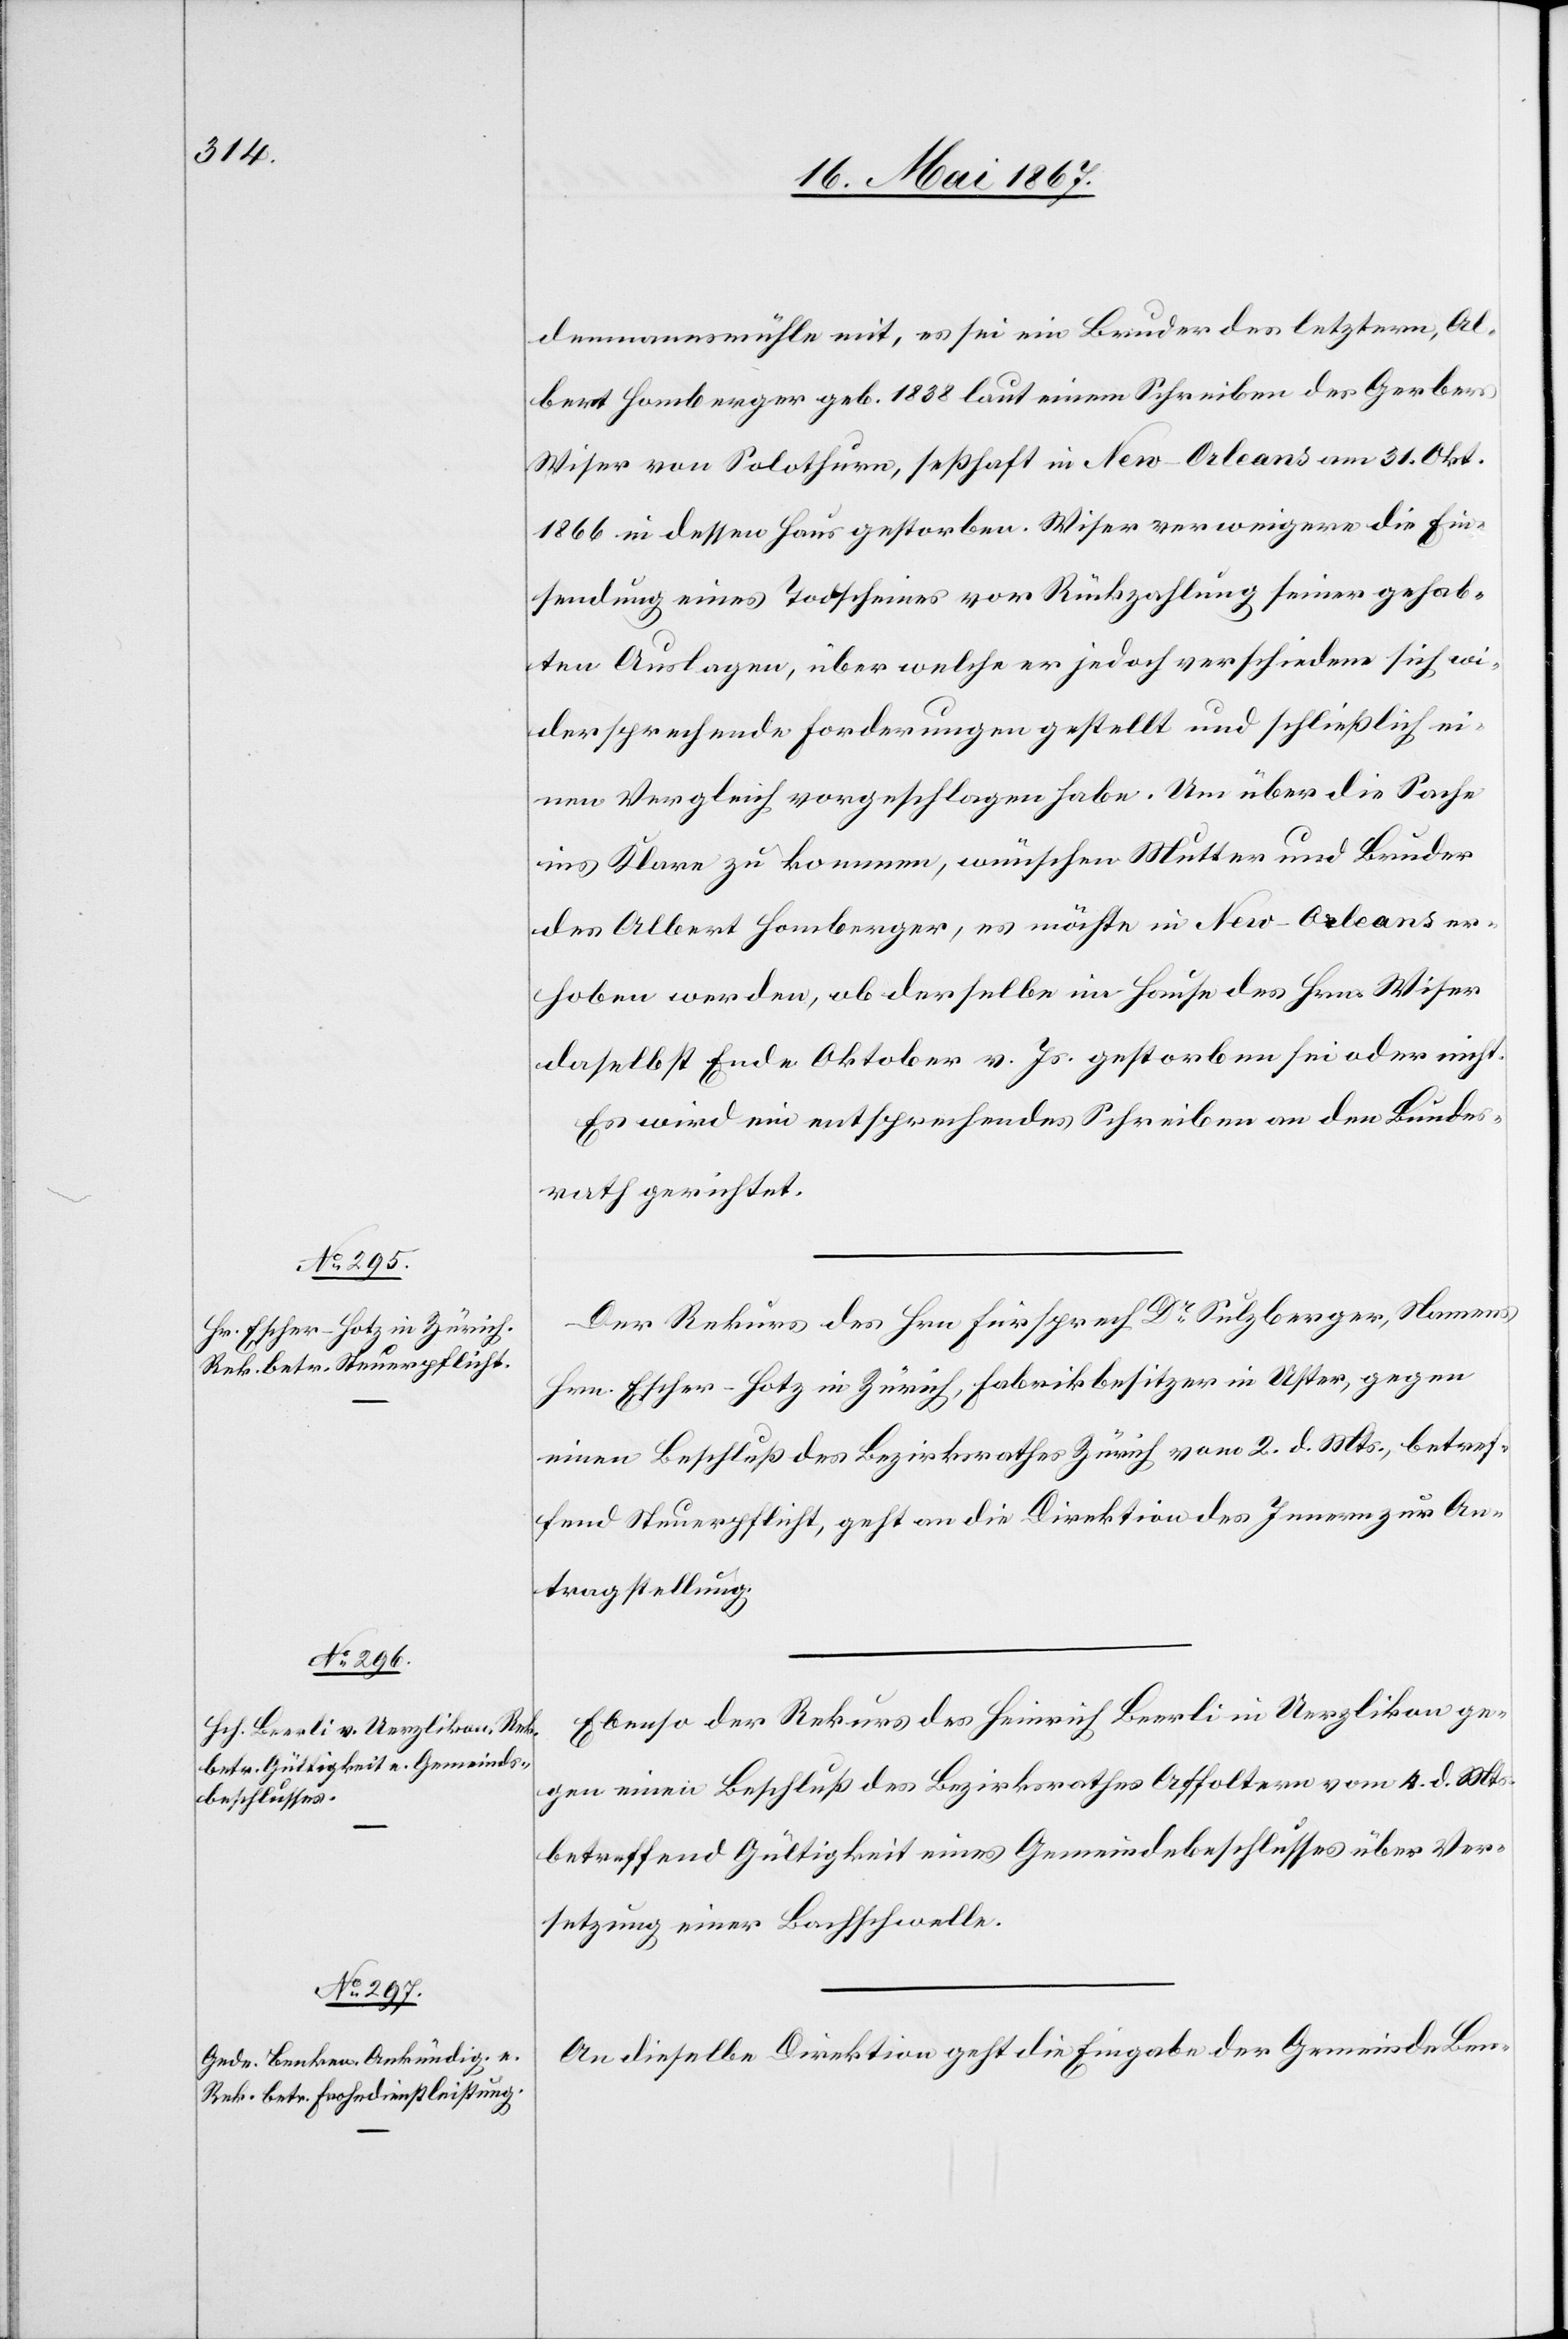
20. Mai 1867.]
demannsmühle mit, es sei ein Bruder des letztern, Al¬
bert Homberger geb. 1838 laut einem Schreiben des Gebers
Wiser von Solothurn, seßhaft in New-Orleans am 31. Okt.
1866 in dessen Haus gestorben. Wiser verweigere die Ein¬
sendung eines Todscheines vor Rückzahlung seiner gehab¬
ten Auslagen, über welche er jedoch verschiedene sich wi¬
dersprechende Forderungen gestellt und schließlich ei¬
nen Vergleich vorgeschlagen habe. Um über die Sache
ins Klare zu kommen, wünschen Mutter und Bruder
des Albert Homberger, es möchte in New-Orleans er¬
hoben werden, ob derselbe im Hause des Hrn. Wiser
daselbst Ende Oktober v. Js. gestorben sei oder nicht.
Es wird ein entsprechendes Schreiben an den Bundes¬
rath gerichtet.
Der Rekurs des Hrn Fürsprech Dr. Sulzberger, Namens
Hrn. Escher-Hotz in Zürich, Fabrikbesitzer in Uster, gegen
einen Beschluß des Bezirksrathes Zürich vom 2. d. Mts., betref¬
fend Steuerpflicht, geht an die Direktion des Innern zur An¬
tragstellung.
Ebenso der Rekurs des Heinrich Beerli in Uerzlikon ge¬
gen einen Beschluß des Bezirksrathes Affoltern vom 4. d. Mts.
betreffend Gültigkeit eines Gemeindsbeschlusses über Ver¬
setzung einer Bachschwelle.
An dieselbe Direktion geht die Eingabe der Gemeinde Ben-